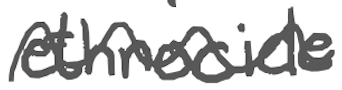
Text: ethnocide
Cross-out: wave
Writing tool: digital_gray